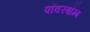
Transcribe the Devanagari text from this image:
पॉवरबॉम्ब